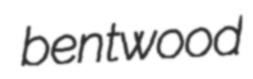
bentwood